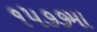
૧૫૭૭મા